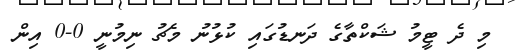
މި ދެ ޓީމު ޝަކްތާގެ ދަނޑުގައި ކުޅުނު މެޗު ނިމުނީ 0-0 އިން